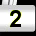
Digit: 2